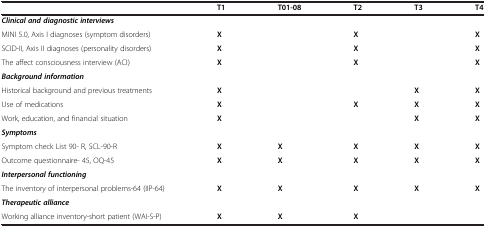
<table><thead><tr><td><b> </b></td><td><b>T1</b></td><td><b>T01-08</b></td><td><b>T2</b></td><td><b>T3</b></td><td><b>T4</b></td></tr></thead><tbody><tr><td><b><i>Clinical and diagnostic interviews</i></b></td><td> </td><td> </td><td> </td><td> </td><td> </td></tr><tr><td>MINI 5.0, Axis I diagnoses (symptom disorders)</td><td><b>X</b></td><td> </td><td><b>X</b></td><td> </td><td><b>X</b></td></tr><tr><td>SCID-II, Axis II diagnoses (personality disorders)</td><td><b>X</b></td><td> </td><td><b>X</b></td><td> </td><td><b>X</b></td></tr><tr><td>The affect consciousness interview (ACI)</td><td><b>X</b></td><td> </td><td><b>X</b></td><td> </td><td><b>X</b></td></tr><tr><td><b><i>Background information</i></b></td><td> </td><td> </td><td> </td><td> </td><td> </td></tr><tr><td>Historical background and previous treatments</td><td><b>X</b></td><td> </td><td> </td><td><b>X</b></td><td><b>X</b></td></tr><tr><td>Use of medications</td><td><b>X</b></td><td> </td><td><b>X</b></td><td><b>X</b></td><td><b>X</b></td></tr><tr><td>Work, education, and financial situation</td><td><b>X</b></td><td> </td><td> </td><td><b>X</b></td><td><b>X</b></td></tr><tr><td><b><i>Symptoms</i></b></td><td> </td><td> </td><td> </td><td> </td><td> </td></tr><tr><td>Symptom check List 90- R, SCL-90-R</td><td><b>X</b></td><td><b>X</b></td><td><b>X</b></td><td><b>X</b></td><td><b>X</b></td></tr><tr><td>Outcome questionnaire- 45, OQ-45</td><td><b>X</b></td><td><b>X</b></td><td><b>X</b></td><td><b>X</b></td><td><b>X</b></td></tr><tr><td><b><i>Interpersonal functioning</i></b></td><td> </td><td> </td><td> </td><td> </td><td> </td></tr><tr><td>The inventory of interpersonal problems-64 (IIP-64)</td><td><b>X</b></td><td><b>X</b></td><td><b>X</b></td><td><b>X</b></td><td><b>X</b></td></tr><tr><td><b><i>Therapeutic alliance</i></b></td><td> </td><td> </td><td> </td><td> </td><td> </td></tr><tr><td>Working alliance inventory-short patient (WAI-S-P)</td><td><b>X</b></td><td><b>X</b></td><td><b>X</b></td><td> </td><td> </td></tr></tbody></table>